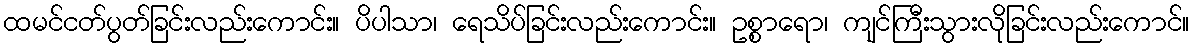
ထမင်ငတ်ပွတ်ခြင်းလည်းကောင်း။ ပိပါသာ၊ ရေသိပ်ခြင်းလည်းကောင်း။ ဥစ္စာရော၊ ကျင်ကြီးသွားလိုခြင်းလည်းကောင်။